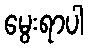
မွေးရာပါ